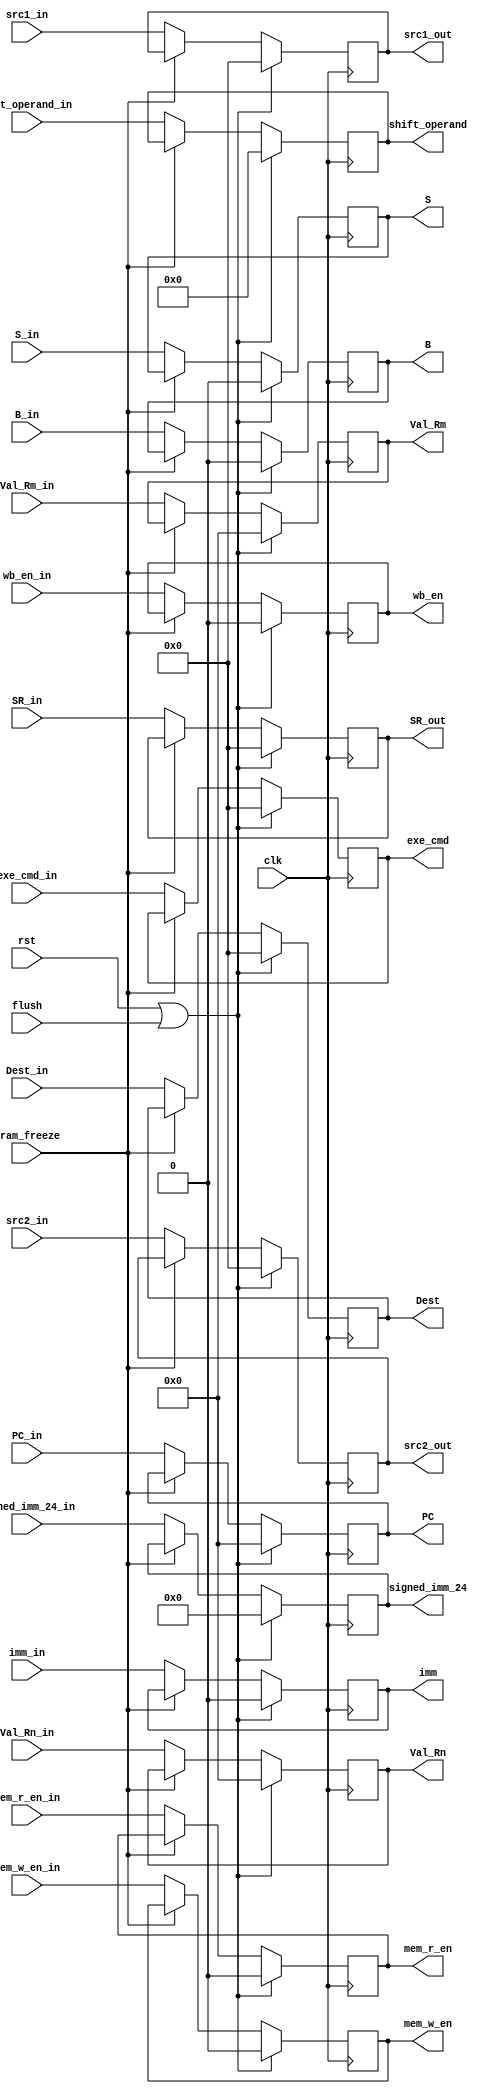
module ID_stage_reg(
    input clk, rst, flush,sram_freeze,
    input wb_en_in, mem_r_en_in, mem_w_en_in,B_in,S_in,
    input [31:0] PC_in,
    input [3:0] exe_cmd_in,
    input [31:0] Val_Rn_in, Val_Rm_in,
    input [3:0] src1_in, src2_in,
    input imm_in,
    input [11:0] shit_operand_in,
    input [23:0] signed_imm_24_in,
    input [3:0] Dest_in, SR_in,

    output reg wb_en, mem_r_en, mem_w_en,B,S,
    output reg [31:0] PC,
    output reg [3:0] exe_cmd,
    output reg [31:0] Val_Rn, Val_Rm,
    output reg imm,
    output reg [11:0] shift_operand,
    output reg [23:0] signed_imm_24,
    output reg [3:0] Dest, SR_out,
    output reg [3:0] src1_out, src2_out
  );

    always@(posedge clk)begin
        if(rst | flush)begin
            wb_en <= 0;
            mem_r_en <= 0;
            mem_w_en <= 0;
            B <= 0;
            S <= 0;
            PC <= 32'd0;
            exe_cmd <= 4'd0;
            Val_Rn <= 32'd0;
            Val_Rm <= 32'd0;
            imm <= 0;
            shift_operand <= 12'd0;
            signed_imm_24 <= 24'd0;
            Dest <= 4'd0;
     	    SR_out <= 4'd0;
            src1_out <= 4'd0;
            src2_out <= 4'd0;
            
        end

        else if (~sram_freeze) begin
            wb_en <= wb_en_in;
            mem_r_en <= mem_r_en_in;
            mem_w_en <= mem_w_en_in;
            B <= B_in;
            S <= S_in;
            PC <= PC_in;
            exe_cmd <= exe_cmd_in;
            Val_Rn <= Val_Rn_in;
            Val_Rm <= Val_Rm_in;
            imm <= imm_in;
            shift_operand <= shit_operand_in;
            signed_imm_24 <= signed_imm_24_in;
            Dest <= Dest_in;
	        SR_out <= SR_in;
            src1_out <= src1_in;
            src2_out <= src2_in;

        end


    end

endmodule